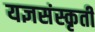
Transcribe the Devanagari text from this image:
यज्ञसंस्कृती